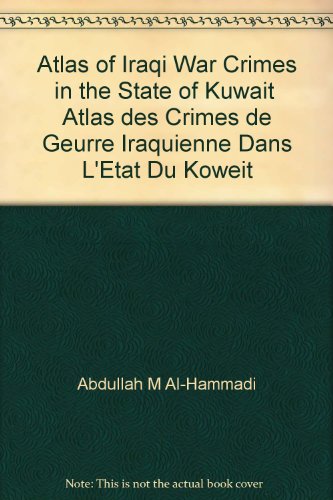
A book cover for Atlas of Iraqi War Crimes in the State of Kuwait  Atlas des Crimes de Geurre Iraquienne Dans L'Etat Du Koweit; Abdullah M Al-Hammadi; Travel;